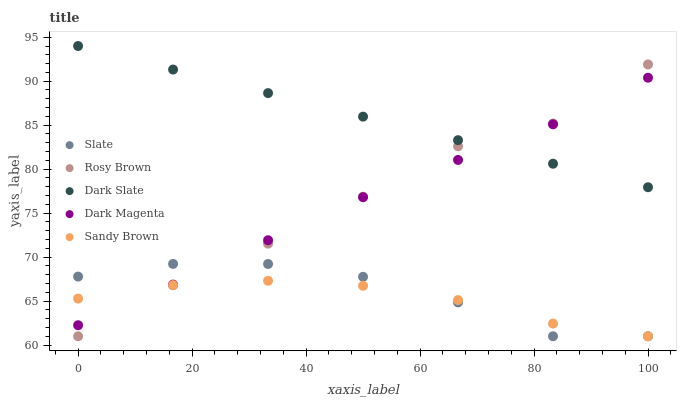
| xaxis_label | Slate | Rosy Brown | Dark Slate | Dark Magenta | Sandy Brown |
 | --- | --- | --- | --- | --- | --- |
 | 0 | 67.8 | 61 | 94 | 62.3 | 65.3 |
 | 16.7 | 69.2 | 66.8 | 91.3 | 66.9 | 66.8 |
 | 33.3 | 69.2 | 71.5 | 88.6 | 71.9 | 67.3 |
 | 50 | 67.8 | 76.9 | 86 | 76.8 | 66.7 |
 | 66.7 | 64.9 | 82.6 | 83.3 | 81 | 65.1 |
 | 83.3 | 61 | 85.2 | 80.6 | 85.1 | 62.4 |
 | 100 | 61 | 91.9 | 77.9 | 90.4 | 61 |